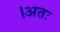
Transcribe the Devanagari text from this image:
।अतः